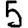
Digit: 5